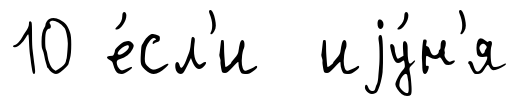
10 е́сл'и иjу́н'я